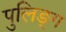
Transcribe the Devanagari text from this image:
पुलिङ्ग